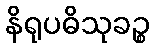
နိရုပဓိသုခဉ္စ